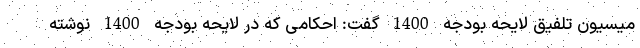
میسیون تلفیق لایحه بودجه 1400 گفت: احکامی که در لایحه بودجه 1400 نوشته